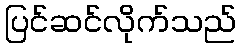
ပြင်ဆင်လိုက်သည်